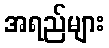
အရည်များ